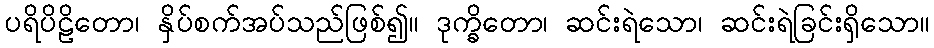
ပရိပိဠိတော၊ နှိပ်စက်အပ်သည်ဖြစ်၍။ ဒုက္ခိတော၊ ဆင်းရဲသော၊ ဆင်းရဲခြင်းရှိသော။